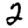
Digit: 2